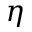
\eta